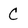
Character: C